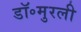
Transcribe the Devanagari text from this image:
डॉ॰मुरली